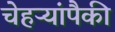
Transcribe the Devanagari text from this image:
चेहऱ्यांपैकी